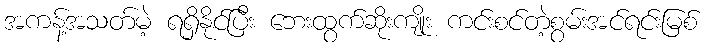
အကန့်အသတ်မဲ့ ရရှိနိုင်ပြီး ဘေးထွက်ဆိုးကျိုး ကင်းစင်တဲ့စွမ်းအင်ရင်းမြစ်